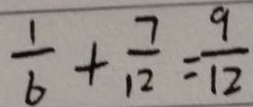
\frac { 1 } { 6 } + \frac { 7 } { 1 2 } = \frac { 9 } { 1 2 }